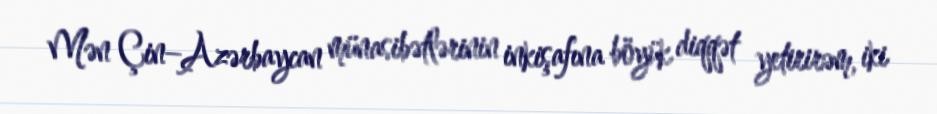
Mən Çin–Azərbaycan münasibətlərinin inkişafına böyük diqqət yetirirəm, iki